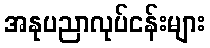
အနုပညာလုပ်ငန်းများ